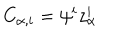
LaTeX: C _ { \alpha , i } = \psi ^ { i } z _ { \alpha } ^ { i }